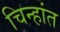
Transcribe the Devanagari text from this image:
चिन्हांत